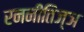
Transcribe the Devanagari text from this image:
रननीतिज्ञ